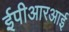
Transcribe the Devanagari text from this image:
ईपीआरआई